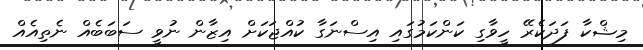
މިޝްކާ ފަދަކެރޭ ހީވާގި ކަންކަމުގައި އިސްނަގާ ކުއްޖަކަށް އިޒާން ނުވީ ސަބަބެއް ނެތިއެއް